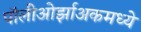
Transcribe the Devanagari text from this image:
पॉलीओर्झाअकमध्ये